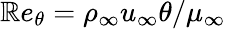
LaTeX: \mathbb{R}e_{\theta}=\rho_{\infty}u_{\infty}\theta/\mu_{\infty}